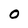
Character: 0